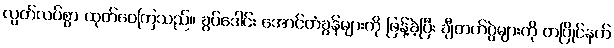
လွတ်လပ်စွာ ထုတ်ဝေကြသည်။ ခွပ်ဒေါင်း အောင်တံခွန်များကို ဖြန့်ခဲ့ပြီး ချီတက်ပွဲများကို တပြိုင်နက်